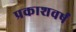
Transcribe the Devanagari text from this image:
प्रकाशवर्षं